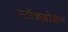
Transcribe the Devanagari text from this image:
स्टॉकब्रोकर